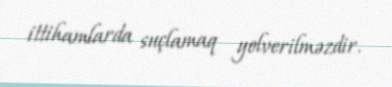
ittihamlarda suçlamaq yolverilməzdir.